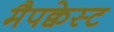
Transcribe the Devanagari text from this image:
मैपक्वेस्ट